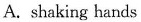
A.shaking hands